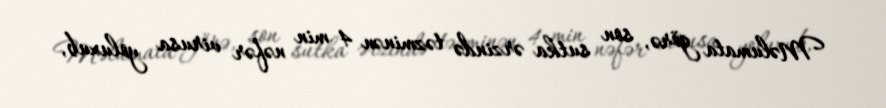
Məlumata görə, son sutka ərzində təzminən 4 min nəfər virusa yoluxub,